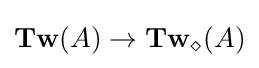
\mathbf {Tw} (A)\rightarrow \mathbf {Tw} _{\diamond }(A)